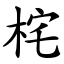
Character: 㭦